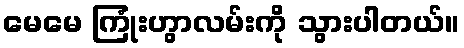
မေမေ ကြုံးဟွာလမ်းကို သွားပါတယ်။